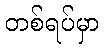
တစ်ရပ်မှာ